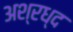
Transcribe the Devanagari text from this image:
अश्रध्द